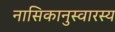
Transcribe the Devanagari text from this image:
नासिकानुस्वारस्य